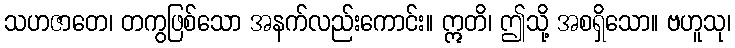
သဟဇာတေ၊ တကွဖြစ်သော အနက်လည်းကောင်း။ ဣတိ၊ ဤသို့ အစရှိသော။ ဗဟူသု၊